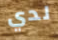
لدي